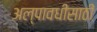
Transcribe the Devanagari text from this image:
अल्पावधीसाठी